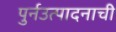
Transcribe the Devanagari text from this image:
पुर्नउत्पादनाची